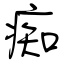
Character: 痴